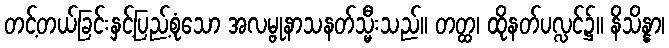
တင့်တယ်ခြင်းနှင့်ပြည့်စုံသော အလမ္ဗုနာသနတ်သ္မီးသည်။ တတ္ထ၊ ထိုနတ်ပလ္လင်၌။ နိသိန္နာ၊